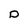
Character: D